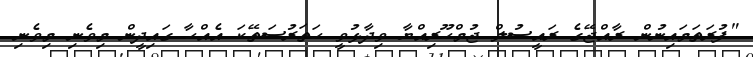
"ފުރަތަމައިނުން ރާއްޖޭގެ ރައީސުލް ޖުމްހޫރިއްޔާ ވިދާޅުވީ ހަތަރުސަތޭކަ އެއްހާ ގައިދީން މިވެނި މިވެނި